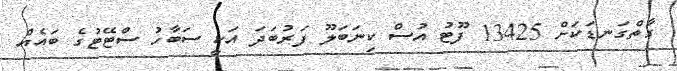
ގާތްގަނޑަކަށް 13425 ފޫޓު އުސް ކިނަބަލޫ ފަރުބަދަ އަކީ ސަބާހު ސްޓޭޓުގެ ބައެއް